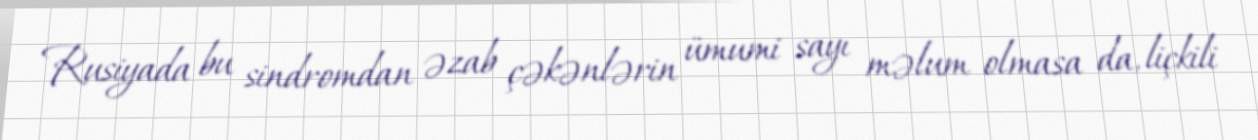
Rusiyada bu sindromdan əzab çəkənlərin ümumi sayı məlum olmasa da, liçkili